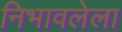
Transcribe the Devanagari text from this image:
निभावलेला